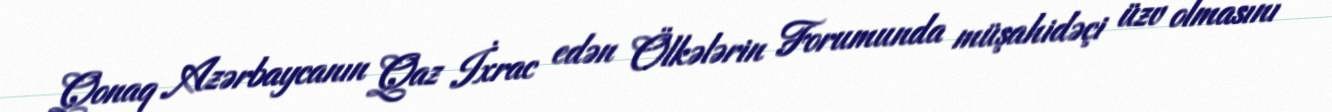
Qonaq Azərbaycanın Qaz İxrac edən Ölkələrin Forumunda müşahidəçi üzv olmasını